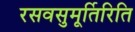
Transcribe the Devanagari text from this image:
रसवसुमूर्तिरिति